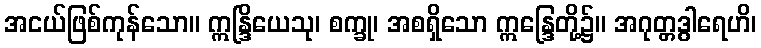
အငယ်ဖြစ်ကုန်သော။ ဣန္ဒြိယေသု၊ စက္ခု၊ အစရှိသော ဣန္ဒြေတို့၌။ အဂုတ္တဒွါရေဟိ၊